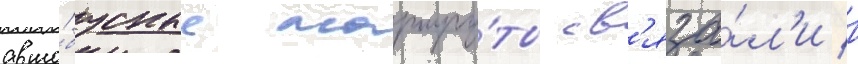
авто́бусные маршру́ты св'яза́л'и в